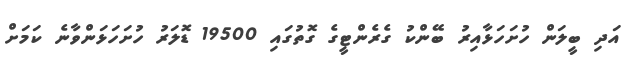
އަދި ބީލަން ހުށަހަޅާއިރު ބޭންކު ގެރެންޓީގެ ގޮތުގައި 19500 ޑޮލަރު ހުށަހަޅަންވާނެ ކަމަށް